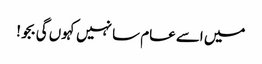
میں اسے عام سا نہیں کہوں گی بجو!